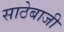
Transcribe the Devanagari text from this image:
साठेबाजी